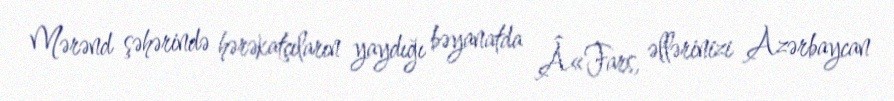
Mərənd şəhərində hərəkatçıların yaydığı bəyanatda Â«Fars, əllərinizi Azərbaycan